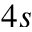
4 s